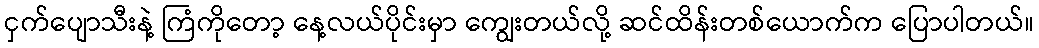
ငှက်ပျောသီးနဲ့ ကြံကိုတော့ နေ့လယ်ပိုင်းမှာ ကျွေးတယ်လို့ ဆင်ထိန်းတစ်ယောက်က ပြောပါတယ်။